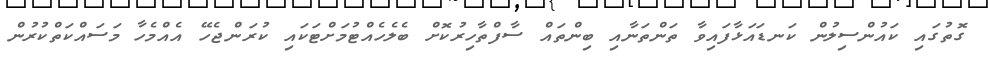
ގޮތުގައި ކައުންސިލުން ކަނޑައަޅާފައިވާ ތަންތަނާއި ބިންތައް ސާފްތާހިރުކޮށް ބެލެހެއްޓުމަށްޓަކައި ކުރަންޖެހޭ އެއްމެހާ މަސައްކަތްކުރުން